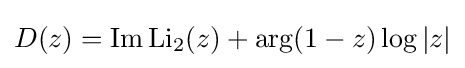
D(z)=\operatorname {Im} \operatorname {Li} _{2}(z)+\arg(1-z)\log |z|